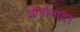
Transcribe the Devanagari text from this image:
ओडोनाटा